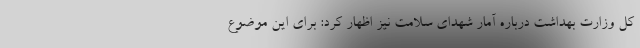
کل وزارت بهداشت درباره آمار شهدای سلامت نیز اظهار کرد: برای این موضوع